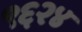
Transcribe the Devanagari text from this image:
९६२४